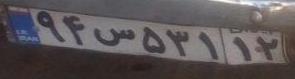
۹۴س۵۳۱۱۲